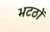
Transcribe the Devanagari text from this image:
भटठों